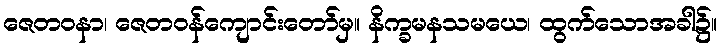
ဇေတဝနာ၊ ဇေတဝန်ကျောင်းတော်မှ။ နိက္ခမနသမယေ၊ ထွက်သောအခါ၌။